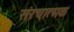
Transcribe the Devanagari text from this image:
संरचात्मक